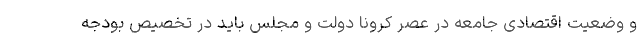
و وضعیت اقتصادی جامعه در عصر کرونا دولت و مجلس باید در تخصیص بودجه